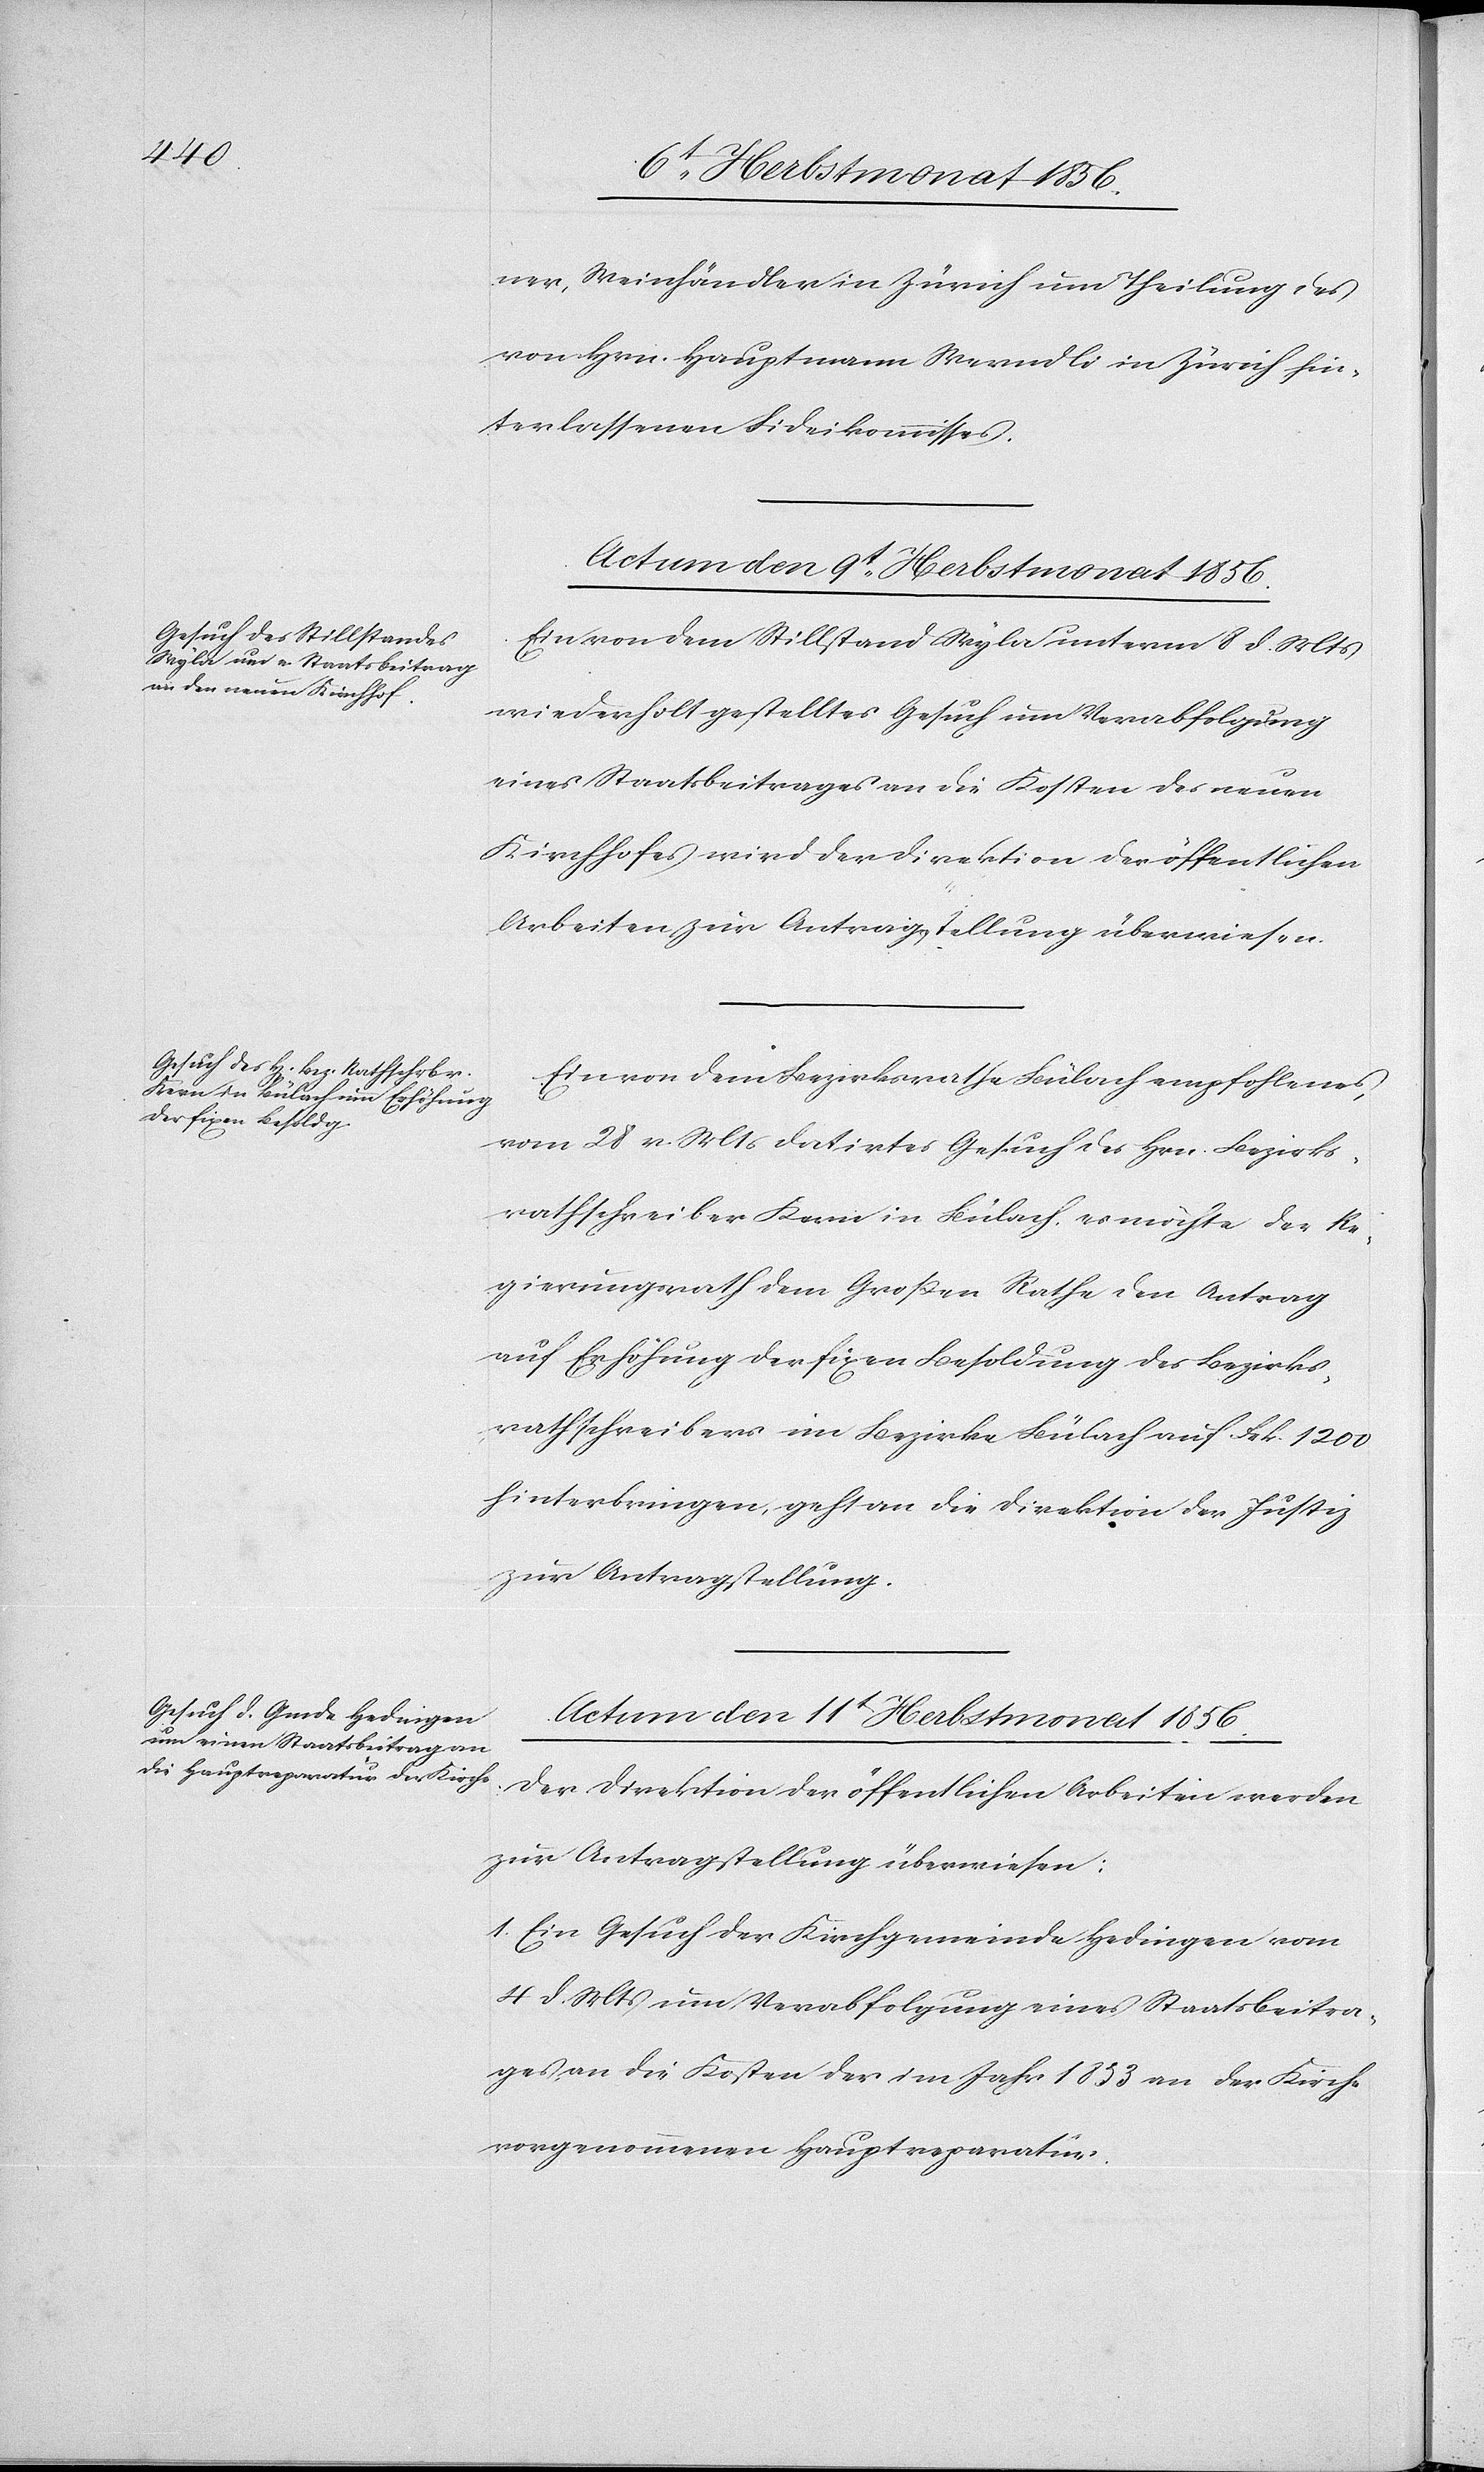
ner, Weinhändler in Zürich um Theilung des
von Hrn. Hauptmann Werndli in Zürich hin¬
terlassenen Fideikommisses.
Actum den 9t Herbstmonat 1856.]
Ein von dem Stillstand Wyla unterm 8 d. Mts
wiederholt gestelltes Gesuch um Verabfolgung
eines Staatsbeitrages an die Kosten des neuen
Kirchhofes wird der Direktion der öffentlichen
Arbeiten zur Antragstellung überwiesen.
Ein von dem Bezirksrathe Bülach empfohlenes,
vom 28 v. Mts datirtes Gesuch des Hrn. Bezirks¬
rathschreiber Kern in Bülach, es möchte der Re¬
gierungsrath dem Grossen Rathe den Antrag
auf Erhöhung der fixen Besoldung des Bezirks¬
rathschreibers im Bezirke Bülach auf Frk. 1200
hinterbringen, geht an die Direktion der Justiz
zur Antragstellung.
Actum den 11t Herbstmonat 1856.
Der Direktion der öffentlichen Arbeiten werden
zur Antragstellung überwiesen:
1. Ein Gesuch der Kirchgemeinde Hedingen vom
4 d. Mts um Verabfolgung eines Staatsbeitra¬
ges an die Kosten der im Jahr 1853 an der Kirche
vorgenommenen Hauptreparatur.